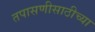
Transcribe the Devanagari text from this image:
तपासणीसाठीच्या